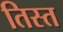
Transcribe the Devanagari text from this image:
तिस्‍त